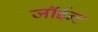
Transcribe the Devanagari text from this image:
जॉईन्ट